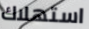
استهلاك